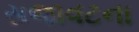
સજાવટના